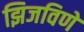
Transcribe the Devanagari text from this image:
झिजविणें